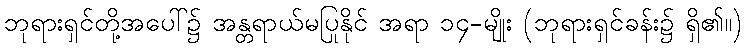
ဘုရားရှင်တို့အပေါ်၌ အန္တရာယ်မပြုနိုင် အရာ ၁၄-မျိုး (ဘုရားရှင်ခန်း၌ ရှိ၏။)